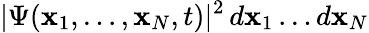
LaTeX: |\Psi({\mathbf x}_{1},\ldots,{\mathbf x}_{N},t)|^{2}\, d{\mathbf x}_{1}\ldots d{\mathbf x}_{N}